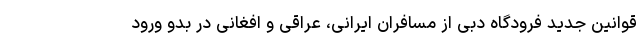
قوانین جدید فرودگاه دبی از مسافران ایرانی، عراقی و افغانی در بدو ورود